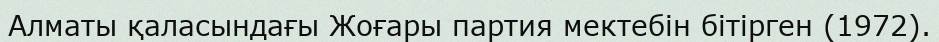
Алматы қаласындағы Жоғары партия мектебін бітірген (1972).